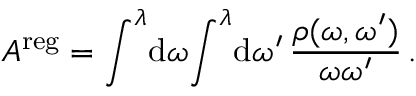
A ^ { \mathrm { r e g } } = \int ^ { \lambda } \! \mathrm { d } \omega \! \int ^ { \lambda } \! \mathrm { d } \omega ^ { \prime } \, \frac { \rho ( \omega , \omega ^ { \prime } ) } { \omega \omega ^ { \prime } } \, .